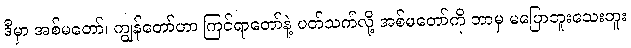
ဒီမှာ အစ်မတော်၊ ကျွန်တော်ဟာ ကြင်ရာတော်နဲ့ ပတ်သက်လို့ အစ်မတော်ကို ဘာမှ မပြောဘူးသေးဘူး